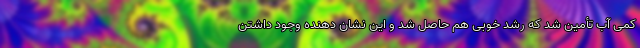
کمی آب تأمین شد که رشد خوبی هم حاصل شد و این نشان دهنده وجود داشتن